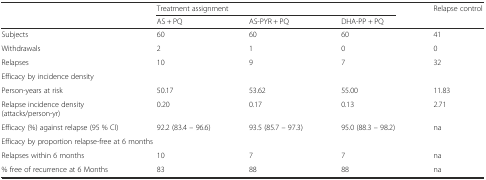
<table><thead><tr><td rowspan="2">[EMPTY_CELL]</td><td colspan="3"><b>Treatment assignment</b></td><td rowspan="2"><b>Relapse control</b></td></tr><tr><td><b>AS + PQ</b></td><td><b>AS-PYR + PQ</b></td><td><b>DHA-PP + PQ</b></td></tr></thead><tbody><tr><td>Subjects</td><td>60</td><td>60</td><td>60</td><td>41</td></tr><tr><td>Withdrawals</td><td>2</td><td>1</td><td>0</td><td>0</td></tr><tr><td>Relapses</td><td>10</td><td>9</td><td>7</td><td>32</td></tr><tr><td colspan="5">Efficacy by incidence density</td></tr><tr><td>Person-years at risk</td><td>50.17</td><td>53.62</td><td>55.00</td><td>11.83</td></tr><tr><td>Relapse incidence density (attacks/person-yr)</td><td>0.20</td><td>0.17</td><td>0.13</td><td>2.71</td></tr><tr><td>Efficacy (%) against relapse (95 % CI)</td><td>92.2 (83.4 – 96.6)</td><td>93.5 (85.7 – 97.3)</td><td>95.0 (88.3 – 98.2)</td><td>na</td></tr><tr><td colspan="5">Efficacy by proportion relapse-free at 6 months</td></tr><tr><td>Relapses within 6 months</td><td>10</td><td>7</td><td>7</td><td>na</td></tr><tr><td>% free of recurrence at 6 Months</td><td>83</td><td>88</td><td>88</td><td>na</td></tr></tbody></table>